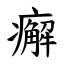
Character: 㿍